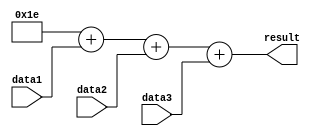
module Loop(
    input wire [7:0] data1,
    input wire [7:0] data2,
    input wire [7:0] data3,
    // Add any additional inputs as needed
    
    output reg [7:0] result
);

reg [7:0] iterator1;
reg [7:0] iterator2;
reg [7:0] iterator3;

// Initialize iterators to starting values
initial begin
    iterator1 = 0;
    iterator2 = 0;
    iterator3 = 0;
end

// Loop block
always @(*) begin
    for(iterator1 = 0; iterator1 < 10; iterator1 = iterator1 + 1) begin
        for(iterator2 = 0; iterator2 < 10; iterator2 = iterator2 + 1) begin
            for(iterator3 = 0; iterator3 < 10; iterator3 = iterator3 + 1) begin
                // Perform operations based on the values of the iterators
                // You can process data from data1, data2, data3, etc. using the iterators
                // Add your algorithm or logic here
            end
        end
    end
end

// Assign result based on computation inside the loop
always @(*) begin
    // Example result computation based on the values of the iterators
    result = iterator1 + iterator2 + iterator3 + data1 + data2 + data3;
end

endmodule